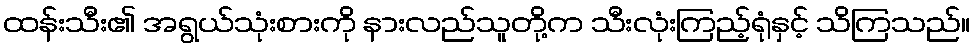
ထန်းသီး၏ အရွယ်သုံးစားကို နားလည်သူတို့က သီးလုံးကြည့်ရုံနှင့် သိကြသည်။